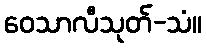
ဝေသာလီသုတ်-သံ။